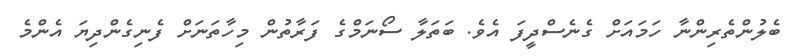
ބެލުންތެރިންނާ ހަމައަށް ގެނެސްދީފަ އެވެ. ބަތަލާ ސޯނަމްގެ ފަރާތުން މިހާތަނަށް ފެނިގެންދިޔަ އެންމެ